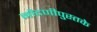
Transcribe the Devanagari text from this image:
नोंदणीपुस्तके